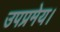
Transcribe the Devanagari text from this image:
उपप्रमेय।